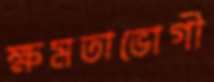
ক্ষমতাভোগী